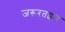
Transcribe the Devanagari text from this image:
जरूरतइन